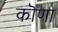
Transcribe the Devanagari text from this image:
कॊणा